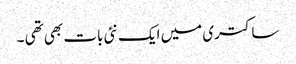
ساکتری میں ایک نئی بات بھی تھی ۔